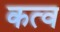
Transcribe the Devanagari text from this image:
कत्व